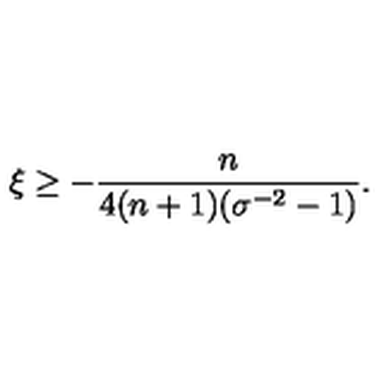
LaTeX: \xi \geq - \frac { n } { 4 ( n + 1 ) ( \sigma ^ { - 2 } - 1 ) } .